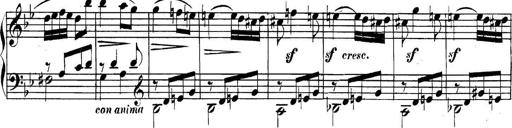
Title: Collected Piano Sonatas
Composer: Muzio Clementi